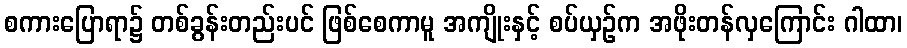
စကားပြောရာ၌ တစ်ခွန်းတည်းပင် ဖြစ်စေကာမူ အကျိုးနှင့် စပ်ယှဉ်က အဖိုးတန်လှကြောင်း ဂါထာ၊